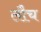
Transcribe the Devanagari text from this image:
लौच